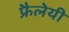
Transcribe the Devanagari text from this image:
फ्रैलेयी